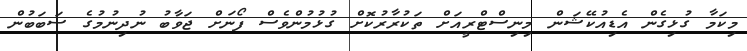
މިކަމާ ގުޅިގެން އެޑިއުކޭޝަން މިނިސްޓްރީއަށް ތަކުރާރުކޮށް ގުޅުމުންވެސް ފޯނަށް ޖަވާބު ނުދިނުމުގެ ސަބަބުން